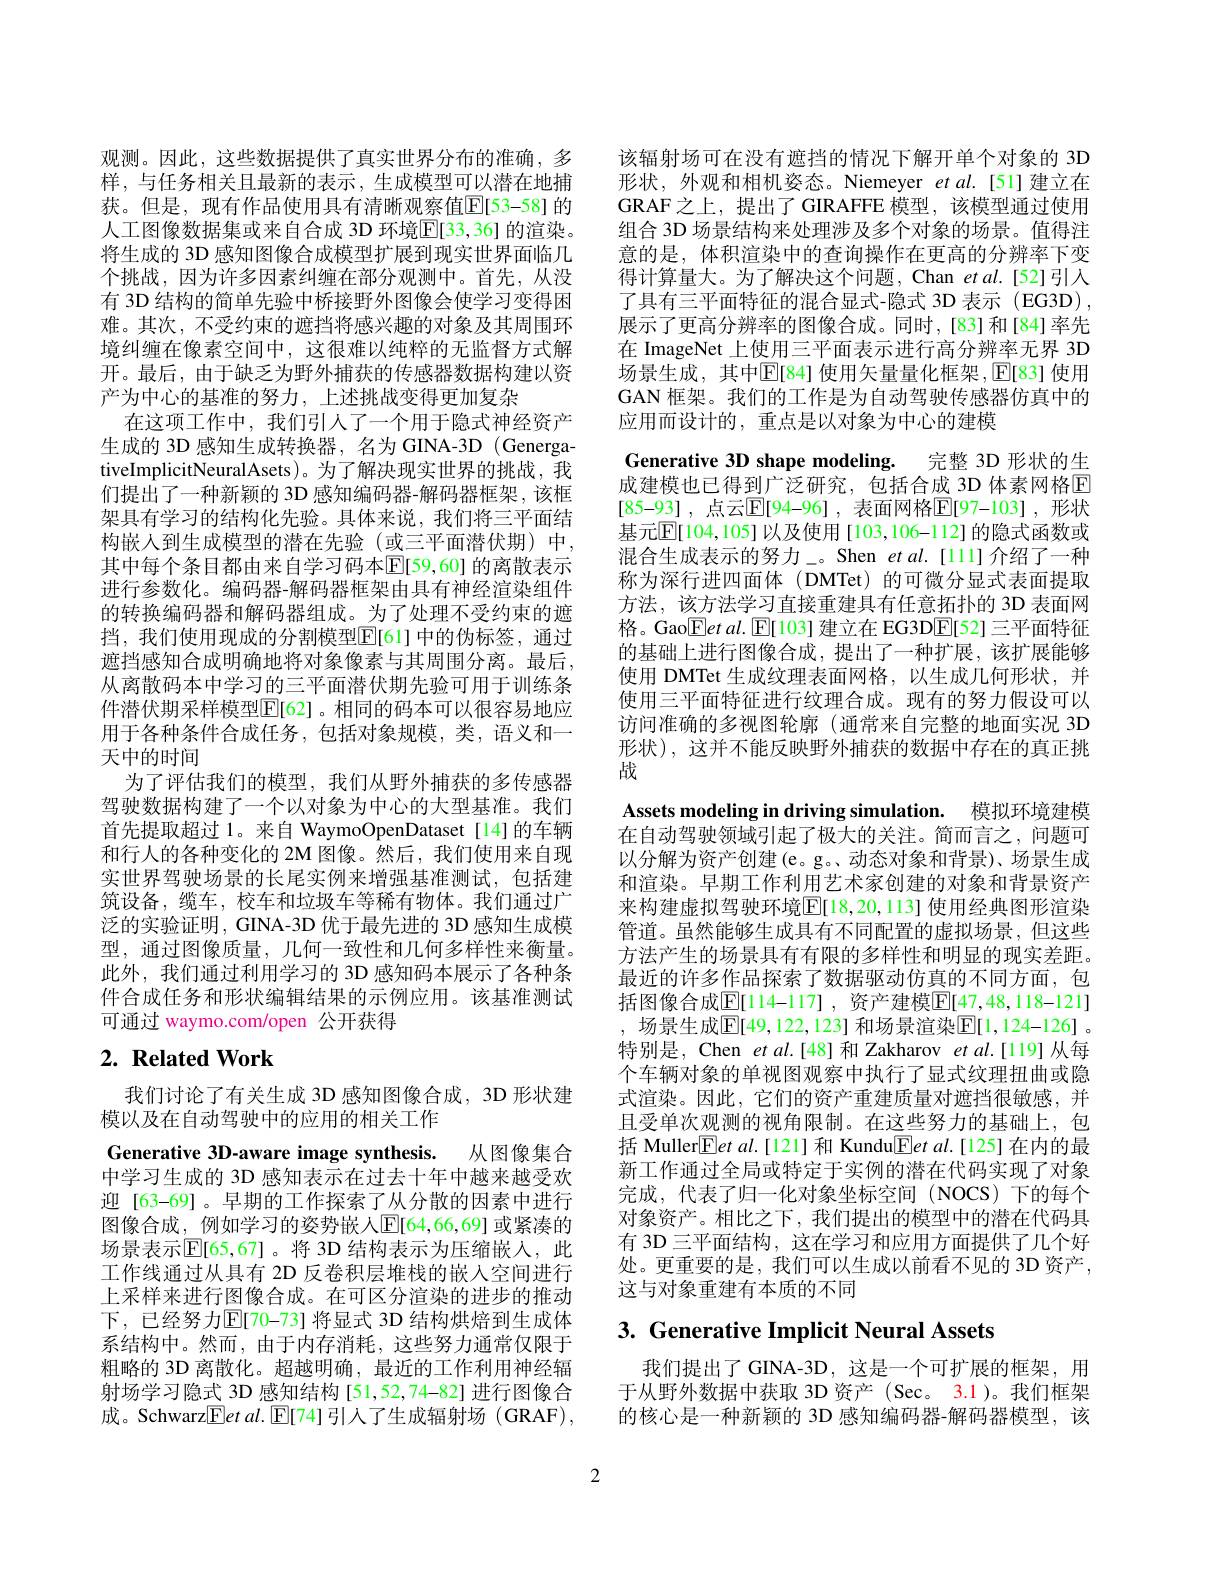
观测。因此，这些数据提供了真实世界分布的准确，多样，与任务相关且最新的表示，生成模型可以潜在地捕获。但是，现有作品使用具有清晰观察值$\mathbb{E}$[53-58]的人工图像数据集或来自合成 3D 环境$\mathbb{E}[33,36]$ 的渲染。将生成的 3D 感知图像合成模型扩展到现实世界面临几个挑战，因为许多因素纠缠在部分观测中。首先，从没有 3D 结构的简单先验中桥接野外图像会使学习变得困难。其次，不受约束的遮挡将感兴趣的对象及其周围环境纠缠在像素空间中，这很难以纯粹的无监督方式解开。最后，由于缺乏为野外捕获的传感器数据构建以资产为中心的基准的努力，上述挑战变得更加复杂
在这项工作中，我们引人了一个用于隐式神经资产生成的 3D 感知生成转换器，名为 GINA-3D (GenergativeImplicitNeuralAsets)。为了解决现实世界的挑战，我们提出了一种新颖的 3D 感知编码器-解码器框架，该框架具有学习的结构化先验。具体来说，我们将三平面结构嵌人到生成模型的潜在先验(或三平面潜伏期)中， 其中每个条目都由来自学习码本$\mathbb{E}[59,60]$ 的离散表示进行参数化。编码器-解码器框架由具有神经渲染组件的转换编码器和解码器组成。为了处理不受约束的遮挡，我们使用现成的分割模型$\boxed{\mathbb{E}}[61]$ 中的伪标签，通过遮挡感知合成明确地将对象像素与其周围分离。最后， 从离散码本中学习的三平面潜伏期先验可用于训练条件潜伏期采样模型$\overline{\mathbb{E}}[62]$。相同的码本可以很容易地应用于各种条件合成任务，包括对象规模，类，语义和一天中的时间
为了评估我们的模型，我们从野外捕获的多传感器驾驶数据构建了一个以对象为中心的大型基准。我们首先提取超过 1。来自 WaymoOpenDataset[14]的车辆和行人的各种变化的 2M 图像。然后，我们使用来自现实世界驾驶场景的长尾实例来增强基准测试，包括建筑设备，缆车，校车和垃圾车等稀有物体。我们通过广泛的实验证明，GINA-3D 优于最先进的 3D 感知生成模型，通过图像质量，几何一致性和几何多样性来衡量。此外，我们通过利用学习的 3D 感知码本展示了各种条件合成任务和形状编辑结果的示例应用。该基准测试可通过 waymo.com/open 公开获得

# $2. \textbf{ Related Work}$

我们讨论了有关生成 3D 感知图像合成，3D 形状建
模以及在自动驾驶中的应用的相关工作

Generative 3D-aware image synthesis. 从图像集合中学习生成的 3D 感知表示在过去十年中越来越受欢迎[63-69]。早期的工作探索了从分散的因素中进行图像合成，例如学习的姿势嵌人$\mathbb{E}[64,66,69]$ 或紧凑的场景表示$\mathbb{E}[65,67]$。将 3D 结构表示为压缩嵌入，此工作线通过从具有 2D 反卷积层堆栈的嵌入空间进行上采样来进行图像合成。在可区分渲染的进步的推动下，已经努力$\operatorname{E[\text{70-73]将显式 3D 结构烘焙到生成体}}$ 系结构中。然而，由于内存消耗，这些努力通常仅限于粗略的 3D 离散化。超越明确，最近的工作利用神经辐射场学习隐式 3D 感知结构[51,52,74-82] 进行图像合成。Schwarz$\underline{\mathrm{E}}etal.\underline{\mathrm{E}}[74]$引人了生成辐射场 (GRAF),

该辐射场可在没有遮挡的情况下解开单个对象的 3D 形状，外观和相机姿态。Niemeyer et al.[51]建立在GRAF之上，提出了 GIRAFFE 模型，该模型通过使用组合 3D 场景结构来处理涉及多个对象的场景。值得注意的是，体积渲染中的查询操作在更高的分辨率下变得计算量大。为了解决这个问题，Chan et al.[52]引入了具有三平面特征的混合显式-隐式 3D 表示 (EG3D) , 展示了更高分辨率的图像合成。同时，[83]和[84]率先在 ImageNet 上使用三平面表示进行高分辨率无界 3D 场景生成，其中$\mathbb{E}$[84] 使用矢量量化框架$,\mathbb{E}$[83] 使用GAN 框架。我们的工作是为自动驾驶传感器仿真中的应用而设计的，重点是以对象为中心的建模

Generative 3D shape modeling. 完整 3D 形状的生成建模也已得到广泛研究，包括合成 3D 体素网格E [85-93] ,点云$\mathbb{E}[$94-96] ,表面网格$\mathbb{E}[$97-103] ,形状基元$\mathbb{E}[104,105]$以及使用[103,106-112]的隐式函数或混合生成表示的努力\_。Shen et al.[11]介绍了一种称为深行进四面体(DMTet)的可微分显式表面提取方法，该方法学习直接重建具有任意拓扑的 3D 表面网格。Gao$\boxed{\mathrm{E}}etal.\boxed{\mathrm{E}}[103]$ 建立在 EG3D$\boxed{\mathrm{E}}[52]$三平面特征的基础上进行图像合成，提出了一种扩展，该扩展能够使用 DMTet 生成纹理表面网格，以生成几何形状，并使用三平面特征进行纹理合成。现有的努力假设可以访问准确的多视图轮廓 (通常来自完整的地面实况 3D 形状),这并不能反映野外捕获的数据中存在的真正挑战
Assets modeling in driving simulation. 模拟环境建模在自动驾驶领域引起了极大的关注。简而言之，问题可以分解为资产创建(e。g。,动态对象和背景)、场景生成和渲染。早期工作利用艺术家创建的对象和背景资产来构建虚拟驾驶环境$\mathbb{E}[18,20,113]$ 使用经典图形渲染管道。虽然能够生成具有不同配置的虚拟场景，但这些方法产生的场景具有有限的多样性和明显的现实差距。最近的许多作品探索了数据驱动仿真的不同方面，包括图像合成$\mathbb{E}[114-117]$,资产建模$\mathbb{E}[47,48,118-121]$ 场景生成$\mathbb{E}[49,122,123]$ 和场景渲染$\mathbb{E}[1,124-126]$ 。特别是，Chen et al.[48] 和 Zakharov et al.[119] 从每个车辆对象的单视图观察中执行了显式纹理扭曲或隐式渲染。因此，它们的资产重建质量对遮挡很敏感，并且受单次观测的视角限制。在这些努力的基础上，包括 Muller$\boxed{\mathrm{E}}etal.[121]$和 Kundu$\boxed{\mathrm{F}}etal.[125]$在内的最新工作通过全局或特定于实例的潜在代码实现了对象完成，代表了归一化对象坐标空间(NOCS)下的每个对象资产。相比之下，我们提出的模型中的潜在代码具有 3D 三平面结构，这在学习和应用方面提供了几个好处。更重要的是，我们可以生成以前看不见的 3D 资产， 这与对象重建有本质的不同

# 3. Generative Implicit Neural Assets

我们提出了 GINA-3D, 这是一个可扩展的框架，用于从野外数据中获取 3D 资产 (Sec。3.1)。我们框架的核心是一种新颖的 3D 感知编码器-解码器模型，该

2